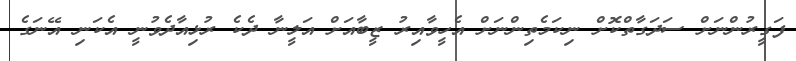
ފަގީރުންނަށް ސަދަގާތްކޮށް ނިކަމެތިންނަށް އެހީވާއިރު ޒީބާއަށް އަލީނާ ދެކެ ރުޅިއާދެވުނީ އެކަނި އޭނަގެ